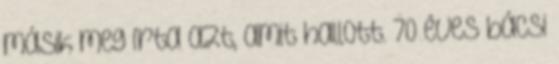
másik meg írta azt, amit hallott. 70 éves bácsi